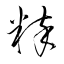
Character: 粹